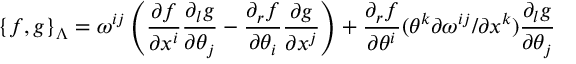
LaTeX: \{ f , g \} _ { \Lambda } = \omega ^ { i j } \left( \frac { \partial f } { \partial x ^ { i } } \frac { \partial _ { l } g } { \partial \theta _ { j } } - \frac { \partial _ { r } f } { \partial \theta _ { i } } \frac { \partial g } { \partial x ^ { j } } \right) + \frac { \partial _ { r } f } { \partial \theta ^ { i } } ( \theta ^ { k } { \partial \omega ^ { i j } } / { \partial x ^ { k } } ) \frac { \partial _ { l } g } { \partial \theta _ { j } }